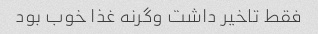
فقط تاخیر داشت وگرنه غذا خوب بود